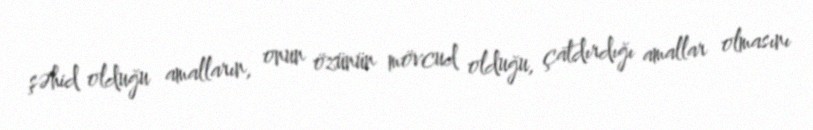
şəhid olduğu amalların, onun özünün mövcud olduğu, çatdırdığı amallar olmasını